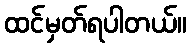
ထင်မှတ်ရပါတယ်။